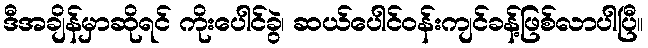
ဒီအချိန်မှာဆိုရင် ကိုးပေါင်ခွဲ၊ ဆယ်ပေါင်ဝန်းကျင်ခန့်ဖြစ်လာပါပြီ။